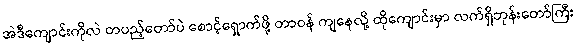
အဲဒီကျောင်းကိုလဲ တပည့်တော်ပဲ စောင့်ရှောက်ဖို့ တာဝန် ကျနေလို့ ထိုကျောင်းမှာ လက်ရှိဘုန်းတော်ကြီး